Civil Veterinary Department. United Provinces 1932-42 - 1932-1942
Year: 1932
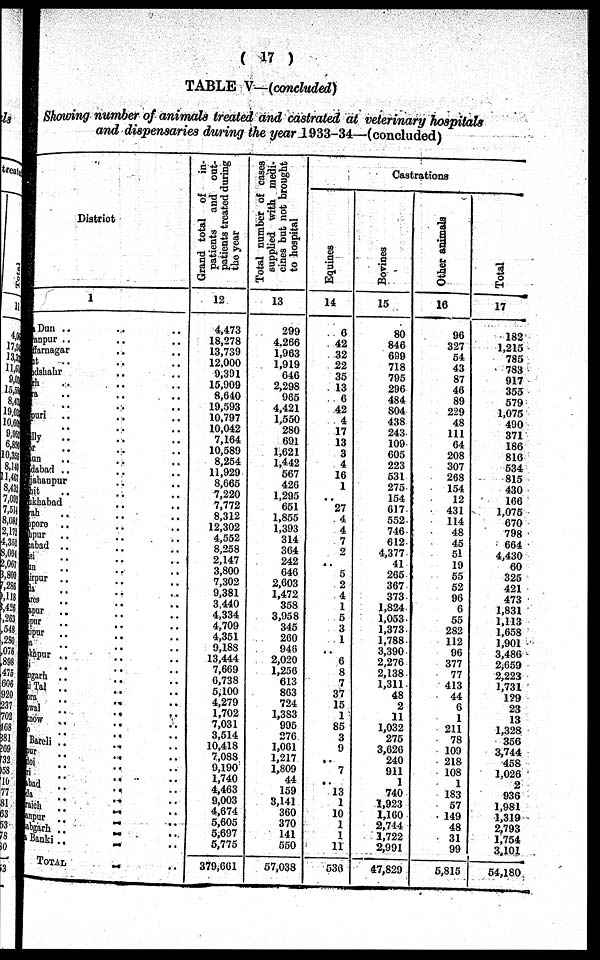
( 17 )
TABLE V—(concluded)
Showing number of animals treated and castrated at veterinary hospitals
and dispensaries during the year 1933-34—(concluded)
District
1
Dehara Dun .. .. ..
Sharanpur .. .. ..
Muzaffernagar .. .. ..
Meerut .. .. ..
Bulandshar .. .. ..
Aligarh .. .. ..
Muttara .. .. ..
Agra .. .. ..
Mainpuri .. .. ..
Etah .. .. ..
Bareilly .. .. ..
Bijnor .. .. ..
Budaun .. .. ..
Moradabad .. .. ..
Shahajanpur .. .. ..
Pilibhit .. .. ..
Farrukhabad .. .. ..
Etawah .. .. ..
Cwanpore .. .. ..
Fatehpur .. .. ..
Allahabad .. .. ..
Jhansi .. .. ..
Jalaun .. .. ..
Hamirpur .. .. ..
Banda .. .. ..
Benares .. .. ..
Mirzapur .. .. ..
Jaunpur .. .. ..
Ghazipur
..
..
..
Ballia .. .. ..
Gorakhpur .. .. ..
Basti .. .. ..
Azamgarh .. .. ..
Naini Tal ..
..
..
Almora .. .. ..
Gharwal
..
..
..
Lacknow
..
..
..
Unao .. .. ..
Rai Bareli .. .. ..
Sitapur .. .. ..
Hardoi
..
..
..
Kheri .. .. ..
Fayzabad .. .. ..
Gonda .. .. ..
Bahraich .. .. ..
Sultanpur .. .. ..
Partabgarh .. .. ..
Bara Banki .. .. ..
TOTAL .. ..
Grand total of
in-
patients
and out-
patients treated during
the year
12
4,473
18,278
13,730
12.000
0,391
15,009
8,640
19,593
10,797
10,042
7,164
10,589
8,254
11,929
8,665
7,220
7,772
8,312
12,302
4,552
8,258
2,147
3,800
7,302
9,381
3.440
4,334
4,709
4,351
9,188
13,444
7,669
0,738
5,100
4,279
1,702
7,031
3,514
10,418
7,088
9,190
1,740
4,463
9,003
4,671
5,605
5,697
5,775
379,601
Total number of cases
supplied with medi-
cines but not brought
to hospital
13
299
4.266
1,963
1,919
646
2,29S
965
4,421
1,550
280
691
1,621
1,442
567
420
1,295
651
1,855
1,393
314
364
242
646
2,603
1,472
358
3,958
345
2C0
940
2,020
1,250
613
803
724
1,383
995
270
1,061
1,217
1,809
44
159
3,141
360
370
141
550
57,038
Castrations
Equities
14
6
42
32
22
35
13
6
42
4
17
13
3
4
16
1
..
27
4
4
7
2
..
5
2
4
1
5
3
1
0
8
7
37
15
1
85
3
9
..
7
..
13
1
10
1
1
11
530
Bovines
15
80
846
699
718
795
296
484
804
438
243
109
605
223
531
275
154
617
552
746
612
4,377
41
265
367
373
1,824
1,053
1,373
1,788
3,390
2,276
2,138
1,311
48
2
11
1,032
275
3,626
240
911
1
740
1,923
1,160
2,744
3,722
2,991
47,829
Other animals
16
96
327
54
43
87
46
89
229
48
111
64
208
307
268
154
12
431
114
48
45
51
19
55
52
96
6
55
282
112
96
377
77
413
44
6
1
211
78
109
218
108
1
183
57
149
48
31
99
5,815
Total
17
182
1,215
785
783
917
355
579
1,075
490
371
186
810
534
815
430
166
1,075
670
798
664
4,430
60
325
421
473
1,831
1,113
1,658
1,901
3,486
2,659
2 223
l,731
129
23
13
1,328
356
3,744
458
1,026
2
936
1,981
1,319
2,793
1,754
3,101
54,180